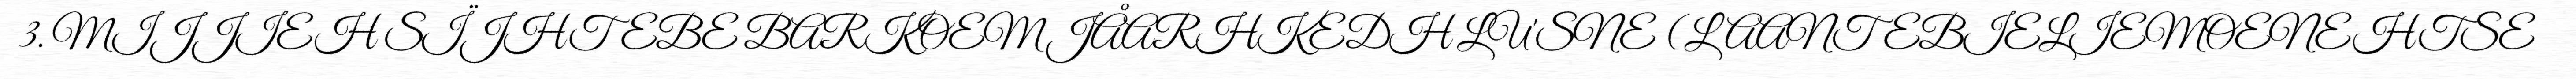
3. MIJJIEH SÏJHTEBE BARKOEM JÅARHKEDH LU'SNE (LAANTEBIELIEMOENEHTSE